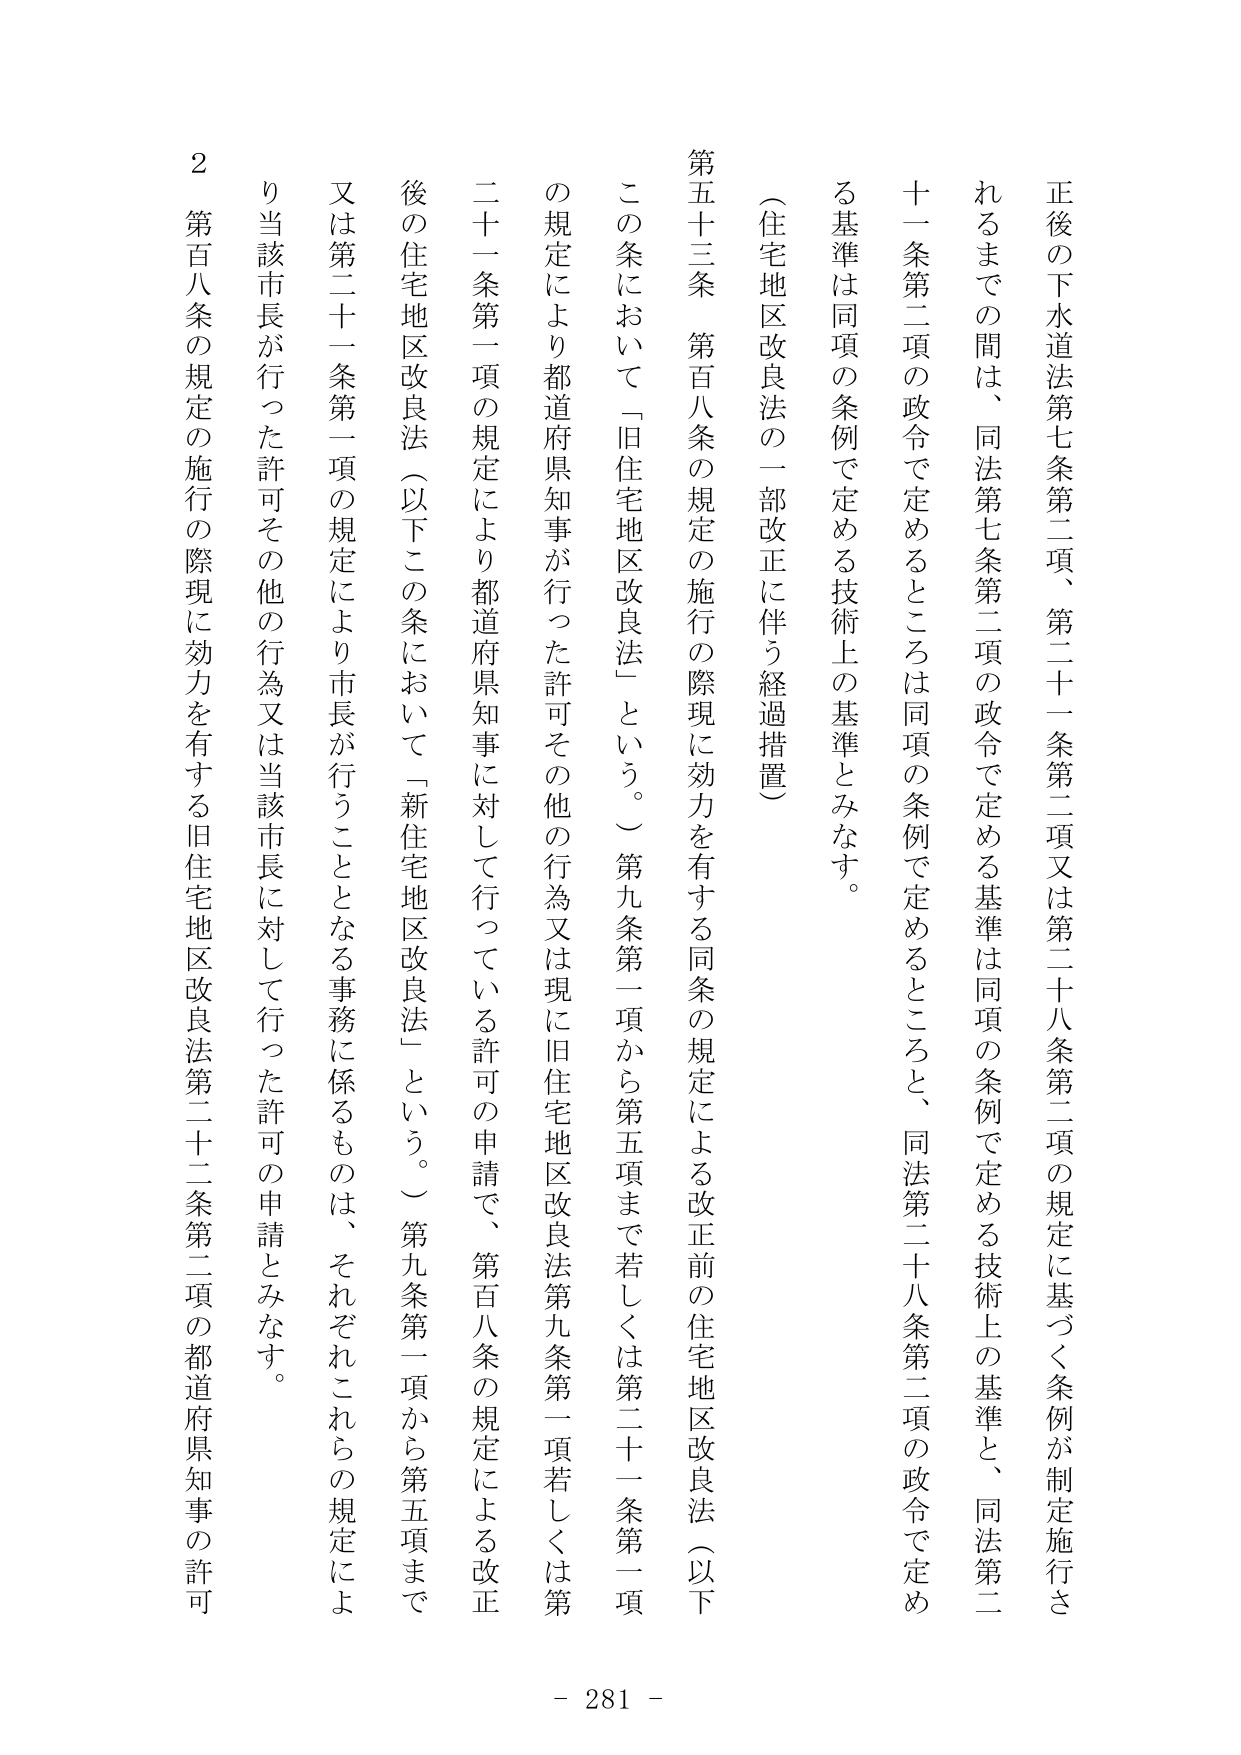
正後の下水道法第七条第二項、第二十一条第二項又は第二十八条第二項の規定に基づく条例が制定施行されるまでの間は、同法第七条第二項の政令で定める基準は同項の条例で定める技術上の基準と、同法第二十一条第二項の政令で定めるところは同項の条例で定めるところと、同法第二十八条第二項の政令で定める基準は同項の条例で定める技術上の基準とみなす。

（住宅地区改良法の一部改正に伴う経過措置）

第五十三条　第百八条の規定の施行の際現に効力を有する同条の規定による改正前の住宅地区改良法（以下この条において「旧住宅地区改良法」という。）第九条第一項から第五項まで若しくは第二十一条第一項の規定により都道府県知事が行った許可その他の行為又は現に旧住宅地区改良法第九条第一項若しくは第二十一条第一項の規定により都道府県知事に対して行っている許可の申請で、第百八条の規定による改正後の住宅地区改良法（以下この条において「新住宅地区改良法」という。）第九条第一項から第五項まで又は第二十一条第一項の規定により市長が行うこととなる事務に係るものは、それぞれこれらの規定により当該市長が行った許可その他の行為又は当該市長に対して行った許可の申請とみなす。

２　第百八条の規定の施行の際現に効力を有する旧住宅地区改良法第二十二条第二項の都道府県知事の許可

- 281 -